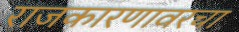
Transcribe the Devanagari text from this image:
राजकारणावरचा